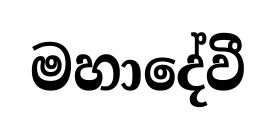
මහාදේවී